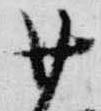
廿